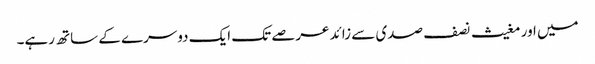
میں اور مغیث نصف صدی سے زائد عرصے تک ایک دوسرے کے ساتھ رہے۔